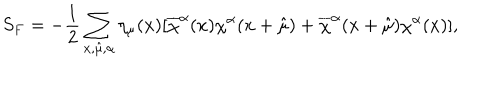
S _ { F } = - \frac { 1 } { 2 } \sum _ { x , \hat { \mu } , \alpha } \eta _ { \mu } ( x ) [ \overline { { { \chi } } } ^ { \alpha } ( x ) \chi ^ { \alpha } ( x + \hat { \mu } ) + \overline { { { \chi } } } ^ { \alpha } ( x + \hat { \mu } ) \chi ^ { \alpha } ( x ) ] ,